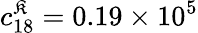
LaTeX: c_{18}^{\mathfrak{K}}=0.19\times10^{5}